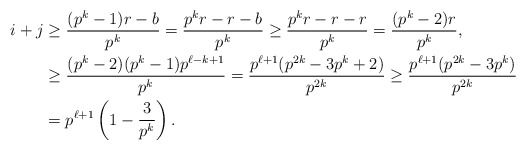
\begin{align*}i + j &\geq \frac{(p^k - 1)r - b}{p^k} = \frac{p^k r - r - b}{p^k} \geq \frac{p^k r - r - r}{p^k} = \frac{(p^k - 2) r}{p^k},\\&\geq \frac{(p^k - 2) (p^k - 1)p^{\ell - k + 1}}{p^k} = \frac{p^{\ell + 1} (p^{2k} - 3p^k + 2)}{p^{2k}} \geq \frac{p^{\ell + 1} (p^{2k} - 3p^k)}{p^{2k}}\\&= p^{\ell + 1} \left(1 - \frac{3}{p^k} \right).\end{align*}